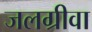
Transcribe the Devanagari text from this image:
जलग्रीवा